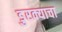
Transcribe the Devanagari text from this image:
डुरक्याचा